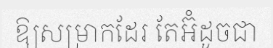
ឱ្យសម្រាកដែរ តែអ៊ំដូចជា